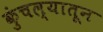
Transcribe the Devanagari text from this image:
कुंचल्यातून